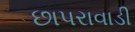
છાપરાવાડી